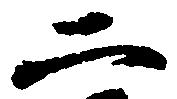
二